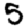
Digit: 5